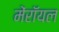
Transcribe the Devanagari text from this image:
मेंरॉयल